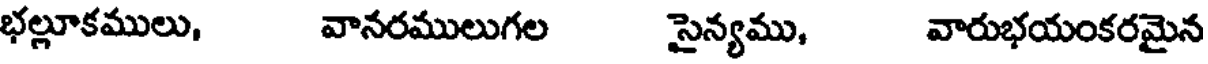
భల్లూకములు, వానరములుగల సైన్యము, వారుభయంకరమైన